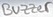
Text: Buzzer